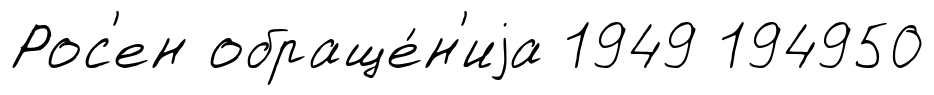
Рос'ен обраще́н'иjа 1949 194950